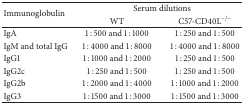
<table><thead><tr><td rowspan="2"><b>Immunoglobulin</b></td><td colspan="2"><b>Serum dilutions</b></td></tr><tr><td><b>WT</b></td><td><b>C57-CD40L<sup>−/−</sup></b></td></tr></thead><tbody><tr><td>IgA</td><td>1 : 500 and 1 : 1000</td><td>1 : 250 and 1 : 500</td></tr><tr><td>IgM and total IgG</td><td>1 : 4000 and 1 : 8000</td><td>1 : 4000 and 1 : 8000</td></tr><tr><td>IgG1</td><td>1 : 1000 and 1 : 2000</td><td>1 : 250 and 1 : 500</td></tr><tr><td>IgG2c</td><td>1 : 250 and 1 : 500</td><td>1 : 250 and 1 : 500</td></tr><tr><td>IgG2b</td><td>1 : 2000 and 1 : 4000</td><td>1 : 1000 and 1 : 2000</td></tr><tr><td>IgG3</td><td>1 : 1500 and 1 : 3000</td><td>1 : 1500 and 1 : 3000</td></tr></tbody></table>